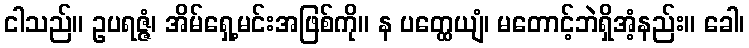
ငါသည်။ ဥပရဇ္ဇံ၊ အိမ်ရှေ့မင်းအဖြစ်ကို။ န ပတ္ထေယျံ၊ မတောင့်ဘဲရှိအံ့နည်း။ ခေါ၊